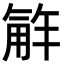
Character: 𮗮